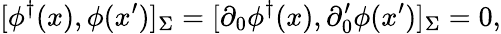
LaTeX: [\phi^{\dagger}(x),\phi(x^{\prime})]_{\Sigma}=[\partial_{0}\phi^{\dagger}(x),\partial_{0}^{\prime}\phi(x^{\prime})]_{\Sigma}=0,